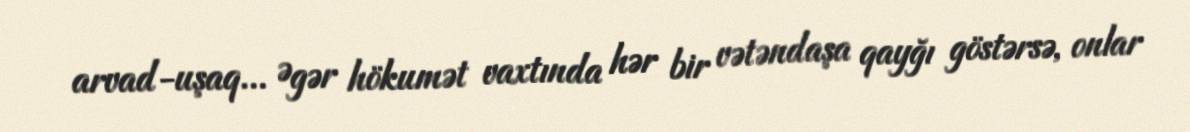
arvad-uşaq... Əgər hökumət vaxtında hər bir vətəndaşa qayğı göstərsə, onlar